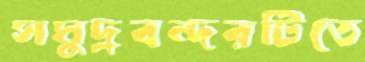
সমুদ্রবন্দরটিতে